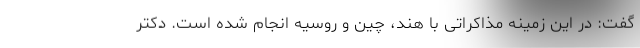
گفت: در این زمینه مذاکراتی با هند، چین و روسیه انجام شده است. دکتر